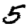
Digit: 5